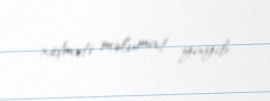
xidməti məlumat yayıb.